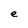
Character: e